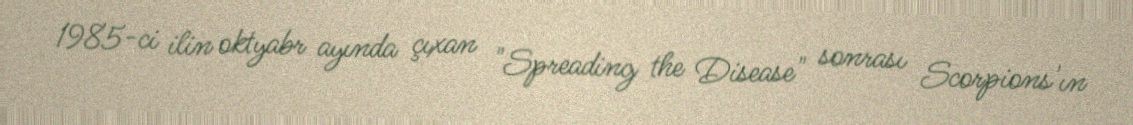
1985-ci ilin oktyabr ayında çıxan "Spreading the Disease" sonrası Scorpions'ın